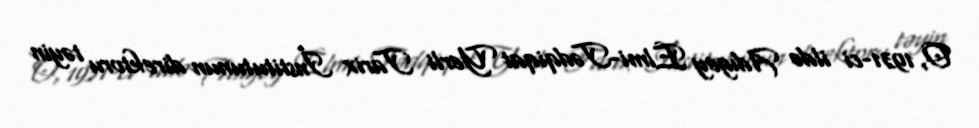
O, 1931-ci ildə Adıgey Elmi-Tədqiqat Yerli Tarix İnstitutunun direktoru təyin